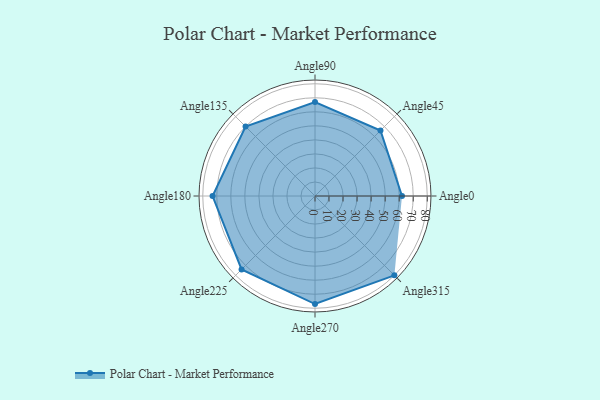
{"axis": {"x": "Angle", "y": "Radius"}, "legend": [""], "data": [{"x": "Angle0", "y": 62.0, "type": ""}, {"x": "Angle45", "y": 66.0, "type": ""}, {"x": "Angle90", "y": 67.0, "type": ""}, {"x": "Angle135", "y": 70.0, "type": ""}, {"x": "Angle180", "y": 73.0, "type": ""}, {"x": "Angle225", "y": 74.0, "type": ""}, {"x": "Angle270", "y": 77.0, "type": ""}, {"x": "Angle315", "y": 80.0, "type": ""}]}